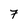
Character: 7